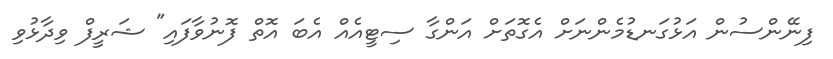
ފިނޭންސުން އަޅުގަނޑުމެންނަށް އެގޮތަށް އަންގާ ސިޓީއެއް އެބަ އޮތް ފޮނުވާފައި" ޝަރީފް ވިދާޅުވި